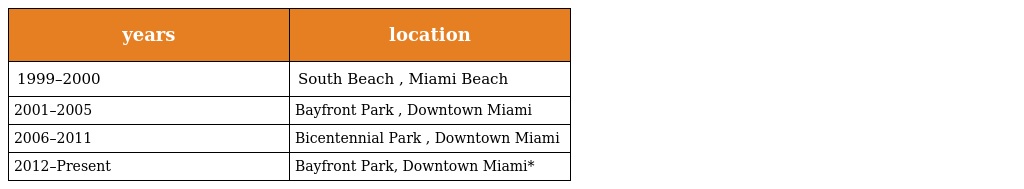
| years | location |
 | --- | --- |
 | 1999–2000 | South Beach , Miami Beach |
 | 2001–2005 | Bayfront Park , Downtown Miami |
 | 2006–2011 | Bicentennial Park , Downtown Miami |
 | 2012–Present | Bayfront Park, Downtown Miami* |